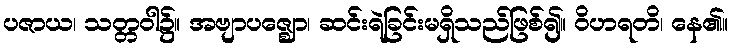
ပဇာယ၊ သတ္တဝါ၌။ အဗျာပဇ္ဈော၊ ဆင်းရဲခြင်းမရှိသည်ဖြစ်၍။ ဝိဟရတိ၊ နေ၏။